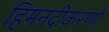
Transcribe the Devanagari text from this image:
हिमनदीकरणों